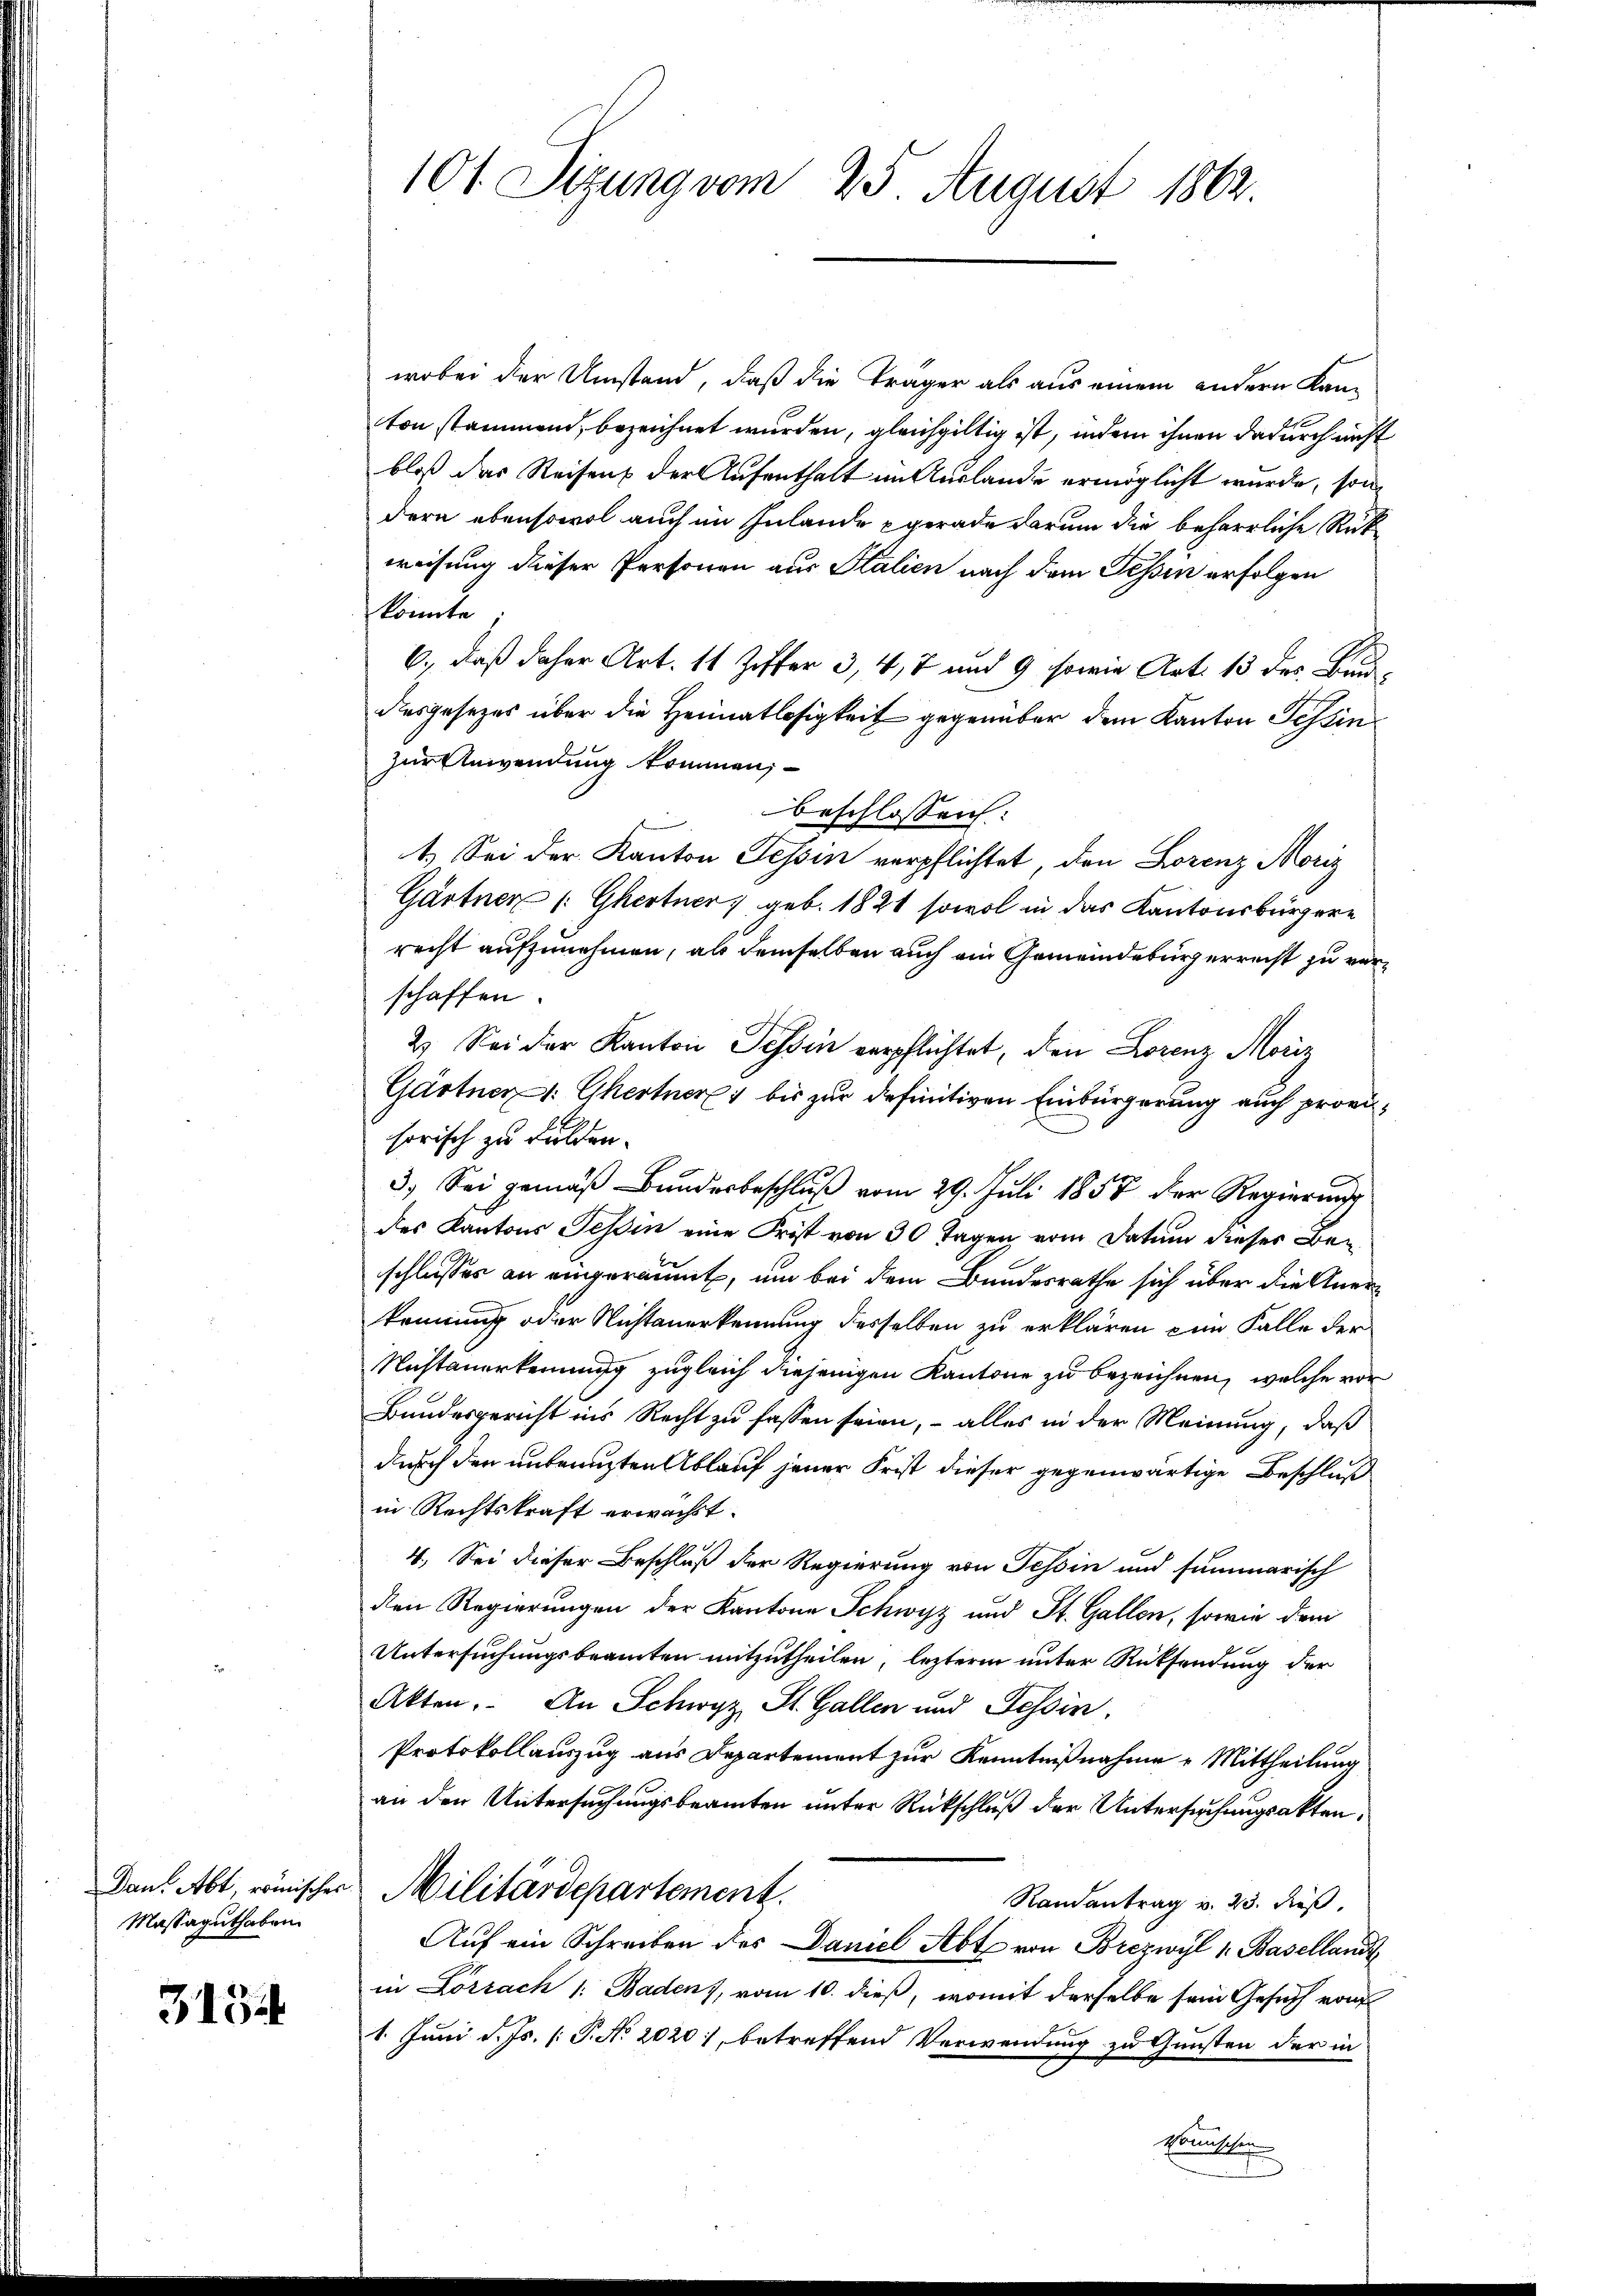
Dan. Abt römisches
Massaguthaben.

315

101 Sizung vom 25. August 1863

wobei der Umstand, daß die Träger als aus einem andern Kanton stammend, bezeichnet wurden, gleichgültig ist, indem ihnen dadurch nicht
bloß das Reisens der Aufenthalt im Auslande ermöglicht wurde, son
dern ebensowol auch im Inlande gerade darum die beharrliche Rück
weisung dieser Personen aus Stalien nach dem Tessin erfolgen
könnte
6., daß daher Art. 11 Ziffer 3, 4, 7 und 9 sowie Art. 13 des Baudesgesezes über die Heimatlosigkeit gegenüber dem Kanton Tessin
zur Anwendung kommen,
beschlossen:
1.) Sei der Kanton Tessin verpflichtet, den Lorenz Moriz
Gärtner Ghertner geb. 1821 sowol in das Kantonsbürgere
recht aufzunehmen, als demselben auch ein Gemeindebürgerrecht zu verschaffen.
2. Sei der Kanton Tessin verpflichtet, den Lorenz Moriz
Gärtner 1. Ghertner bis zur definitiven Einbürgerung auch provisorisch zu dulden.
3. Sei gemäß Bundesbeschluß vom 29. Juli 1858 der Regierung
des Kantons Tessin eine Frist von 30 Tagen vom Datum dieser Beschlusses an eingeräumt, um bei dem Bundesrathe sich über die Anerkennung oder Nichtanerkennung desselben zu erklären zum Falle der
Mistanerkennung zugleich diejenigen Kantone zu bezeichnen, welche vor
Bundesgericht ins Recht zu fassen seien, – alles in der Meinung, daß
durch den untenuzten Ablauf jener Frist dieser gegenwärtige Beschluß
in Rechtskraft erwachst.
4. Sei dieser Beschluß der Regierung von Tessin und summarisch
den Regierungen der Kantone Schwyz und St. Gallen, sowie dem
Untersuchungsbeamten mitzutheilen, lezterm unter Rücksendung der
Akten. An Schwyz St. Gallen und Tessin,
Protokollauszug aus Departement zur Kenntnißnahme Mittheilung
an den Untersuchungsbeamten unter Rückschluß der Untersuchungsakten.
Militärdepartement.
Randantrag v. 23. dieß.
Auf ein Schreiben des Daniel Abt von Borezwyl u. Baselland
in Lörrach 1. Baden), vom 10. dieß, womit derselbe sein Gesuch von
1. Juni d. Js. [P. No 2020., betreffend Verwendung zu Gunsten der in
Ermitten